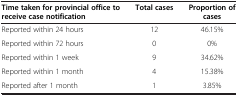
<table><thead><tr><td><b>Time taken for provincial office to receive case notification</b></td><td><b>Total cases</b></td><td><b>Proportion of cases</b></td></tr></thead><tbody><tr><td>Reported within 24 hours</td><td>12</td><td>46.15%</td></tr><tr><td>Reported within 72 hours</td><td>0</td><td>0%</td></tr><tr><td>Reported within 1 week</td><td>9</td><td>34.62%</td></tr><tr><td>Reported within 1 month</td><td>4</td><td>15.38%</td></tr><tr><td>Reported after 1 month</td><td>1</td><td>3.85%</td></tr></tbody></table>